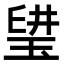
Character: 𤦨